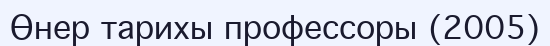
Өнер тарихы профессоры (2005)